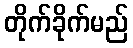
တိုက်ခိုက်မည်